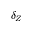
\delta _ { Z }